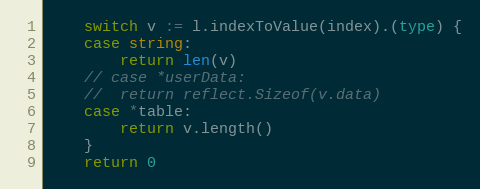
Language: Go
	switch v := l.indexToValue(index).(type) {
	case string:
		return len(v)
	// case *userData:
	// 	return reflect.Sizeof(v.data)
	case *table:
		return v.length()
	}
	return 0